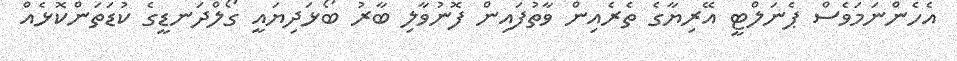
އެހެންނަމަވެސް ޕެނަލްޓީ އޭރިޔާގެ ތެރެއިން ވާތުފައިން ފޮނުވާލި ބާރު ބޯޅަދިޔައީ ގޯލްދަނޑީގެ ކުޑަތަންކޮޅެއް